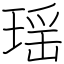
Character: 瑶